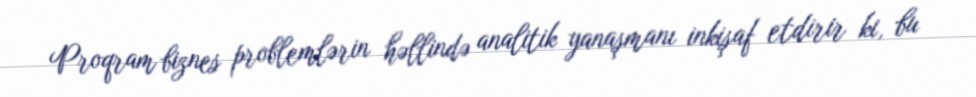
Proqram biznes problemlərin həllində analitik yanaşmanı inkişaf etdirir ki, bu